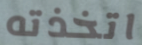
اتخذته